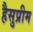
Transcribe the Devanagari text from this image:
हैसुप्रीम